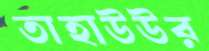
তাহাউউর